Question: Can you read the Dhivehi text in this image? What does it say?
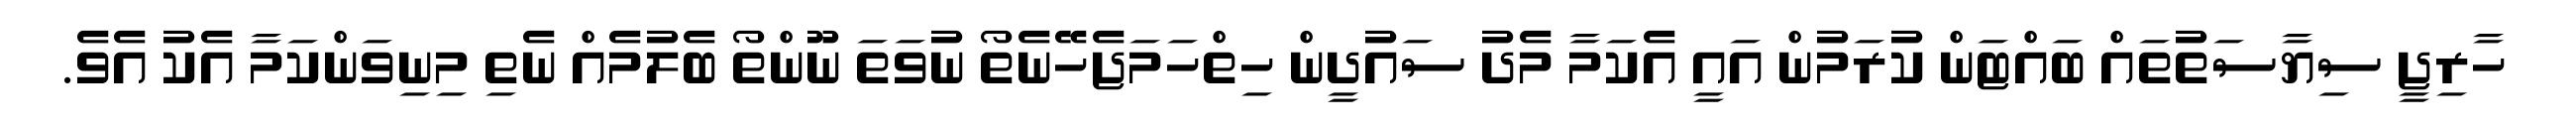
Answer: ހާރިޖީ ސިޔާސަތުތައް ބައްޓަން ކުރަމުން އައީ އެކަމާ މެދު ސައުދީން ހިތްހަމަޖެހޭނެތޯ ނުވަތަ ނޫންތޯ ބެލުމެއް ނެތި މިނިވަންކަމާ އެކު އެވެ.